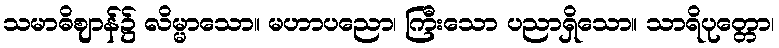
သမာဓိဈာန်၌ လိမ္မာသော။ မဟာပညော၊ ကြီးသော ပညာရှိသော။ သာရိပုတ္တော၊